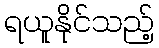
ရယူနိုင်သည့်